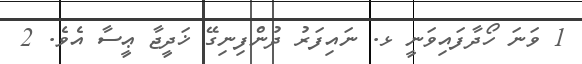
1 ވަނަ ހޯދާފައިވަނީ ޅ. ނައިފަރު ދުންފިނިގޭ ޚަދީޖާ ޢީސާ އެވެ. 2